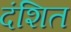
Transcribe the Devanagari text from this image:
दंशित